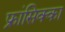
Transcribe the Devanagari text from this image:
फ्रांसिक्का